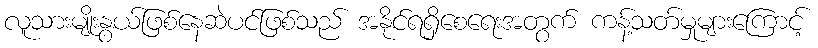
လူသားမျိုးနွယ်ဖြစ်နေဆဲပင်ဖြစ်သည် အနိုင်ရရှိစေရေးအတွက် ကန့်သတ်မှုများကြောင့်